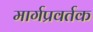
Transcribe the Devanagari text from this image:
मार्गप्रवर्तक